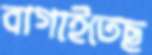
বাগাইতেছ